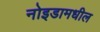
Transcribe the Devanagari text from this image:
नोइडामधील